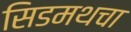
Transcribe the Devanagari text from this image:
सिडमथचा